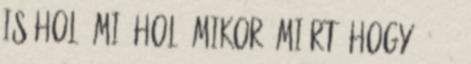
is Hol? Mi? Hol? Mikor? Miért? Hogy? 18 3.